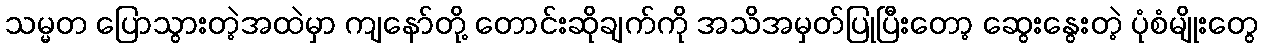
သမ္မတ ပြောသွားတဲ့အထဲမှာ ကျနော်တို့ တောင်းဆိုချက်ကို အသိအမှတ်ပြုပြီးတော့ ဆွေးနွေးတဲ့ ပုံစံမျိုးတွေ